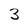
Character: 3